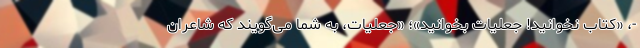
-، «کتاب نخوانید! جعلیات بخوانید»؛ «جعلیات، به شما می‌گویند که شاعران